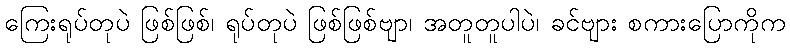
ကြေးရုပ်တုပဲ ဖြစ်ဖြစ်၊ ရုပ်တုပဲ ဖြစ်ဖြစ်ဗျာ၊ အတူတူပါပဲ၊ ခင်ဗျား စကားပြောကိုက